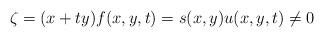
LaTeX: \begin{align*}\zeta = (x+ty)f(x, y, t) = s(x, y)u(x, y, t) \neq 0\end{align*}